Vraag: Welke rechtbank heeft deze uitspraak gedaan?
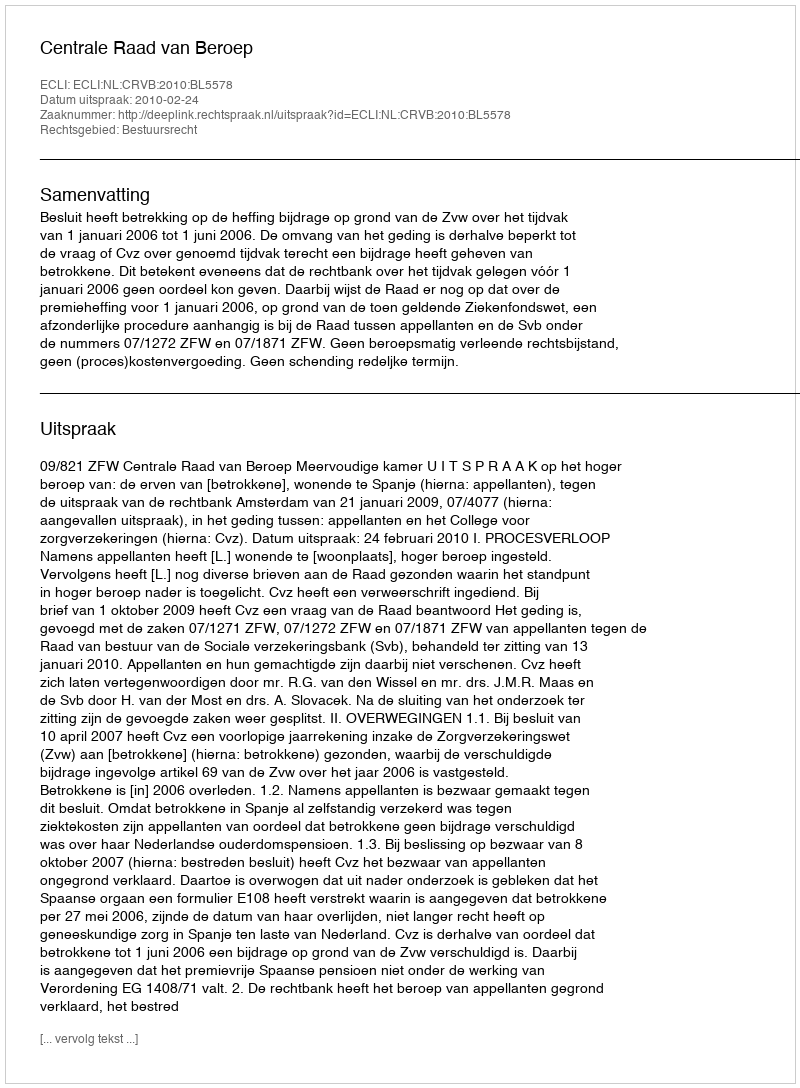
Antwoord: Centrale Raad van Beroep